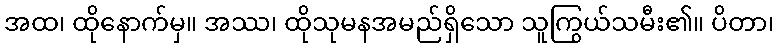
အထ၊ ထိုနောက်မှ။ အဿ၊ ထိုသုမနအမည်ရှိသော သူကြွယ်သမီး၏။ ပိတာ၊